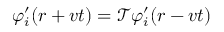
\varphi _ { i } ^ { \prime } ( \boldsymbol { r } + \boldsymbol { v } t ) = \mathcal { T } \varphi _ { i } ^ { \prime } ( \boldsymbol { r } - \boldsymbol { v } t )